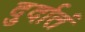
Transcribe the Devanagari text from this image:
दुर्दातं